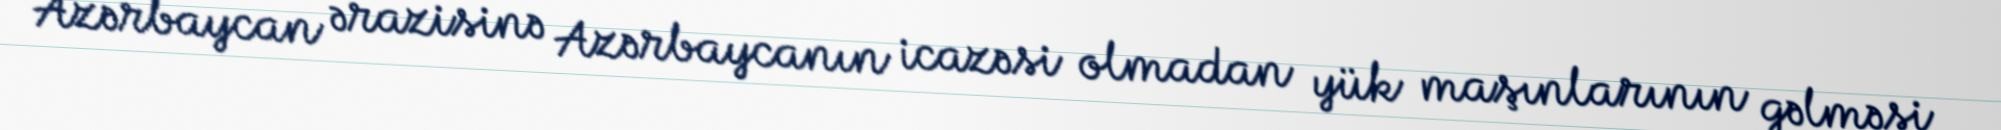
Azərbaycan ərazisinə Azərbaycanın icazəsi olmadan yük maşınlarının gəlməsi